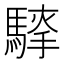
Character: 𮪐